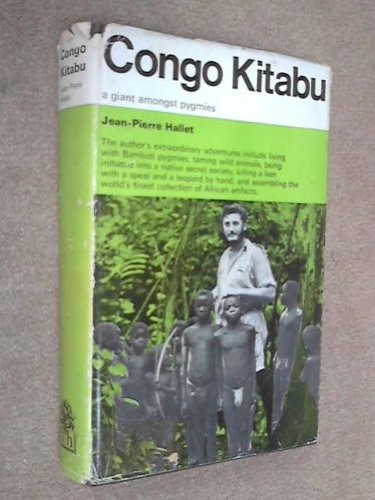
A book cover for Congo Kitabu; Jean-Pierre Hallet; Travel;